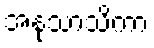
အနုသာသိကာ